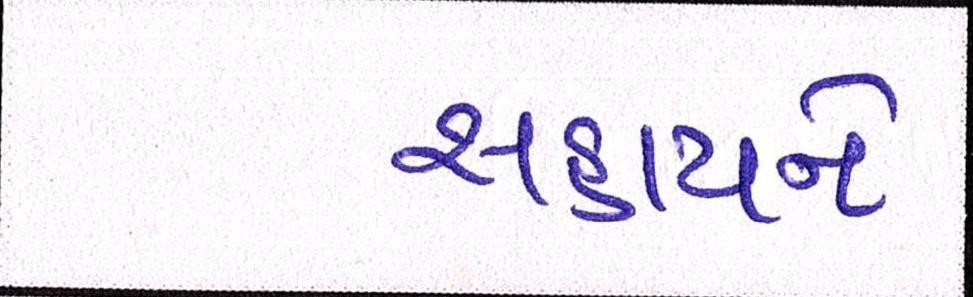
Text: સહાયને